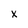
Character: x